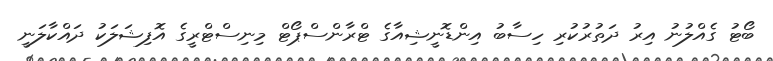
ބޯޓު ގެއްލުނު އިރު ދަތުރުކުރި ހިސާބު އިންޑޮނީޝިއާގެ ޓްރާންސްޕޯޓް މިނިސްޓްރީގެ އޮފިޝަލަކު ދައްކާލަނީ